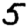
Digit: 5